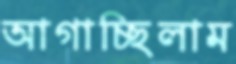
আগাচ্ছিলাম